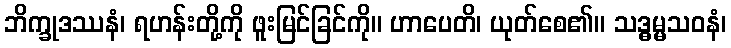
ဘိက္ခုဒဿနံ၊ ရဟန်းတို့ကို ဖူးမြင်ခြင်ကို။ ဟာပေတိ၊ ယုတ်စေ၏။ သဒ္ဓမ္မသဝနံ၊